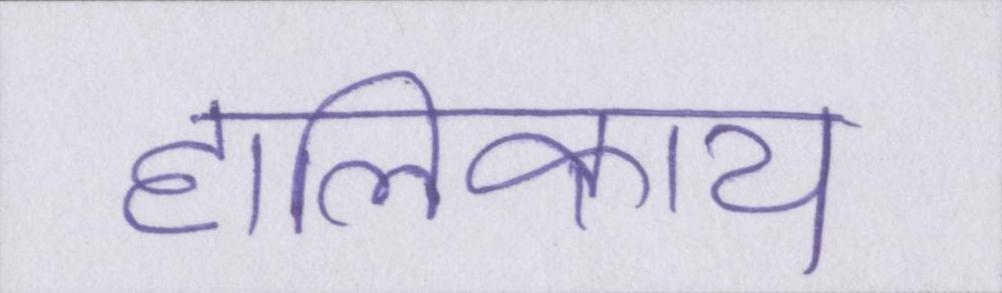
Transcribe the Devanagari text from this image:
हालिकाय